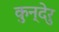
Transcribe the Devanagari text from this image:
कुन्देरु